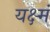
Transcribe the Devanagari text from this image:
यक्ष्मं